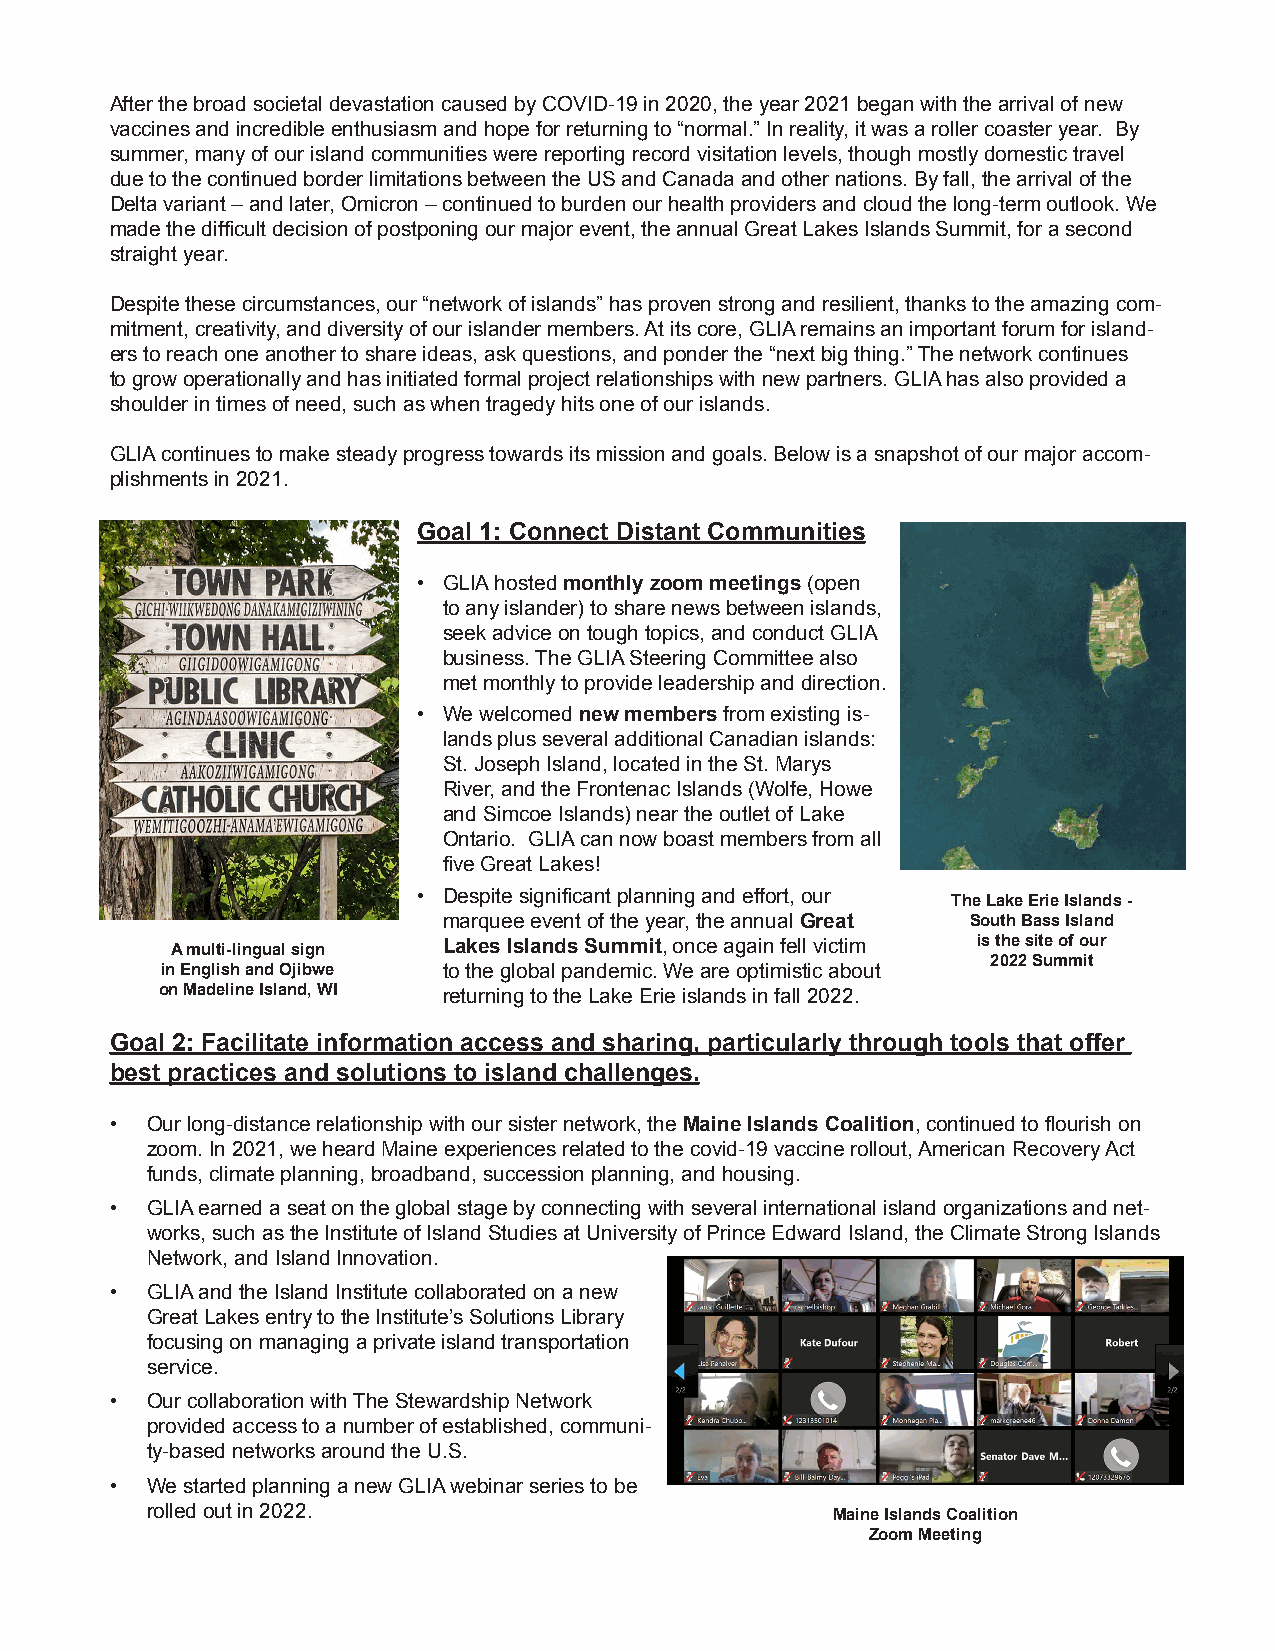
After the broad societal devastation caused by COVID-19 in 2020, the year 2021 began with the arrival of new
 vaccines and incredible enthusiasm and hope for returning to “normal.” In reality, it was a roller coaster year. By
 summer, many of our island communities were reporting record visitation levels, though mostly domestic travel
 due to the continued border limitations between the US and Canada and other nations. By fall, the arrival of the
 Delta variant – and later, Omicron – continued to burden our health providers and cloud the long-term outlook. We
 made the difficult decision of postponing our major event, the annual Great Lakes Islands Summit, for a second
 straight year.
 Despite these circumstances, our “network of islands” has proven strong and resilient, thanks to the amazing com-
 mitment, creativity, and diversity of our islander members. At its core, GLIA remains an important forum for island-
 ers to reach one another to share ideas, ask questions, and ponder the “next big thing.” The network continues
 to grow operationally and has initiated formal project relationships with new partners. GLIA has also provided a
 shoulder in times of need, such as when tragedy hits one of our islands.
 GLIA continues to make steady progress towards its mission and goals. Below is a snapshot of our major accom-
 plishments in 2021.
 Goal 1: Connect Distant Communities
 • GLIA hosted monthly zoom meetings (open
 to any islander) to share news between islands,
 seek advice on tough topics, and conduct GLIA
 business. The GLIA Steering Committee also
 met monthly to provide leadership and direction.
 • We welcomed new members from existing is-
 lands plus several additional Canadian islands:
 St. Joseph Island, located in the St. Marys
 River, and the Frontenac Islands (Wolfe, Howe
 and Simcoe Islands) near the outlet of Lake
 Ontario. GLIA can now boast members from all
 five Great Lakes!
 • Despite significant planning and effort, our
 The Lake Erie Islands -
 marquee event of the year, the annual Great South Bass Island
 A multi-lingual sign Lakes Islands Summit, once again fell victim is the site of our
 2022 Summit
 in English and Ojibwe to the global pandemic. We are optimistic about
 on Madeline Island, WI returning to the Lake Erie islands in fall 2022.
 Goal 2: Facilitate information access and sharing, particularly through tools that offer
 best practices and solutions to island challenges.
 •  Our long-distance relationship with our sister network, the Maine Islands Coalition, continued to flourish on
 zoom. In 2021, we heard Maine experiences related to the covid-19 vaccine rollout, American Recovery Act
 funds, climate planning, broadband, succession planning, and housing.
 •  GLIA earned a seat on the global stage by connecting with several international island organizations and net-
 works, such as the Institute of Island Studies at University of Prince Edward Island, the Climate Strong Islands
 Network, and Island Innovation.
 •  GLIA and the Island Institute collaborated on a new
 Great Lakes entry to the Institute’s Solutions Library
 focusing on managing a private island transportation
 service.
 •  Our collaboration with The Stewardship Network
 provided access to a number of established, communi-
 ty-based networks around the U.S.
 •  We started planning a new GLIA webinar series to be
 rolled out in 2022.                          Maine Islands Coalition
 Zoom Meeting